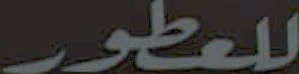
للعطور